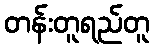
တန်းတူရည်တူ